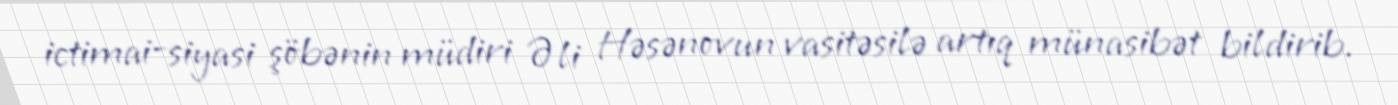
ictimai-siyasi şöbənin müdiri Əli Həsənovun vasitəsilə artıq münasibət bildirib.